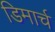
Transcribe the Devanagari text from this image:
डिमार्च